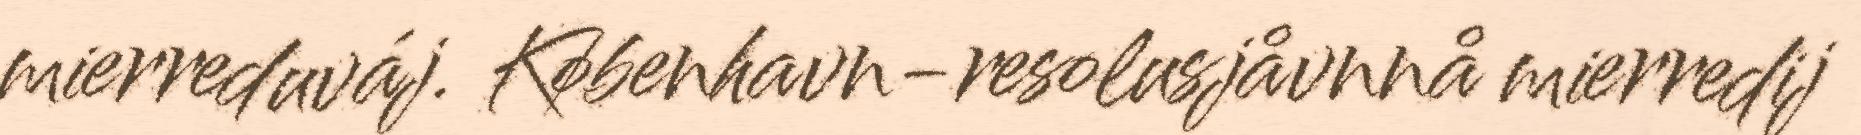
mierreduváj. København-resolusjåvnnå mierredij